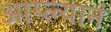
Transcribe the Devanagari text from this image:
आप्ल्यानं